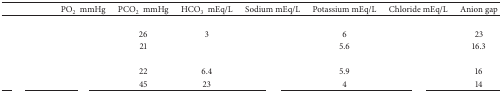
<table><thead><tr><td>[EMPTY_CELL]</td><td><b>PO<sub>2</sub>mmHg</b></td><td><b>PCO<sub>2</sub> mmHg</b></td><td><b>HCO<sub>3</sub> mEq/L</b></td><td><b>Sodium mEq/L</b></td><td><b>Potassium mEq/L</b></td><td><b>Chloride mEq/L</b></td><td><b>Anion gap</b></td></tr></thead><tbody><tr><td>[EMPTY_CELL]</td><td>[EMPTY_CELL]</td><td>[EMPTY_CELL]</td><td>[EMPTY_CELL]</td><td>[EMPTY_CELL]</td><td>[EMPTY_CELL]</td><td>[EMPTY_CELL]</td><td>[EMPTY_CELL]</td></tr><tr><td>[EMPTY_CELL]</td><td>[EMPTY_CELL]</td><td>26</td><td>3</td><td>[EMPTY_CELL]</td><td>6</td><td>[EMPTY_CELL]</td><td>23</td></tr><tr><td>[EMPTY_CELL]</td><td>[EMPTY_CELL]</td><td>21</td><td>[EMPTY_CELL]</td><td>[EMPTY_CELL]</td><td>5.6</td><td>[EMPTY_CELL]</td><td>16.3</td></tr><tr><td>[EMPTY_CELL]</td><td>[EMPTY_CELL]</td><td>[EMPTY_CELL]</td><td>[EMPTY_CELL]</td><td>[EMPTY_CELL]</td><td>[EMPTY_CELL]</td><td>[EMPTY_CELL]</td><td>[EMPTY_CELL]</td></tr><tr><td>[EMPTY_CELL]</td><td>[EMPTY_CELL]</td><td>22</td><td>6.4</td><td>[EMPTY_CELL]</td><td>5.9</td><td>[EMPTY_CELL]</td><td>16</td></tr><tr><td>[EMPTY_CELL]</td><td>[EMPTY_CELL]</td><td>45</td><td>23</td><td>[EMPTY_CELL]</td><td>4</td><td>[EMPTY_CELL]</td><td>14</td></tr></tbody></table>